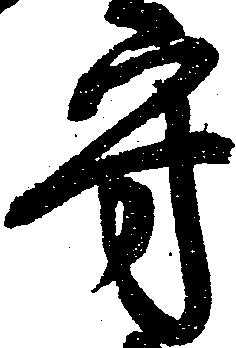
守